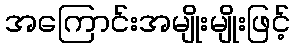
အကြောင်းအမျိုးမျိုးဖြင့်